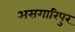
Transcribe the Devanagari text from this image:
असगारिपुर